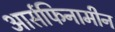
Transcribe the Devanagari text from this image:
आर्सफिनामीन